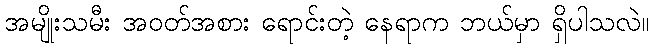
အမျိုးသမီး အဝတ်အစား ရောင်းတဲ့ နေရာက ဘယ်မှာ ရှိပါသလဲ။